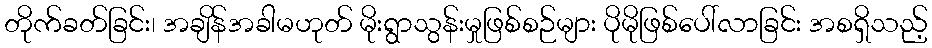
တိုက်ခတ်ခြင်း၊ အချိန်အခါမဟုတ် မိုးရွာသွန်းမှုဖြစ်စဉ်များ ပိုမိုဖြစ်ပေါ်လာခြင်း အစရှိသည့်